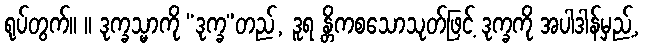
ရုပ်တွက်။ ။ ဒုက္ခသ္မာကို “ဒုက္ခ”တည်, ဒူရ န္တိကစသောသုတ်ဖြင့် ဒုက္ခကို အပါဒါန်မှည့်,